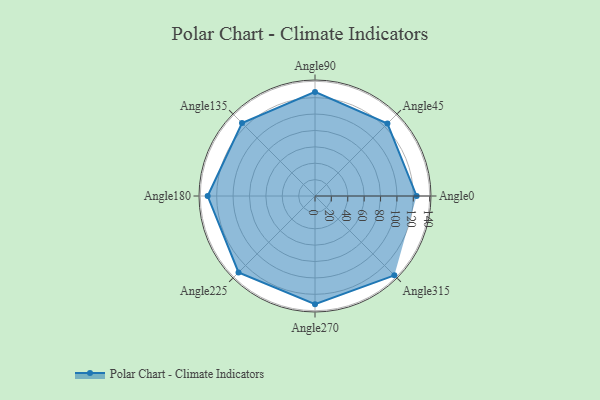
{"axis": {"x": "Angle", "y": "Radius"}, "legend": [""], "data": [{"x": "Angle0", "y": 124.0, "type": ""}, {"x": "Angle45", "y": 125.0, "type": ""}, {"x": "Angle90", "y": 127.0, "type": ""}, {"x": "Angle135", "y": 126.0, "type": ""}, {"x": "Angle180", "y": 131.0, "type": ""}, {"x": "Angle225", "y": 132.0, "type": ""}, {"x": "Angle270", "y": 132.0, "type": ""}, {"x": "Angle315", "y": 137.0, "type": ""}]}